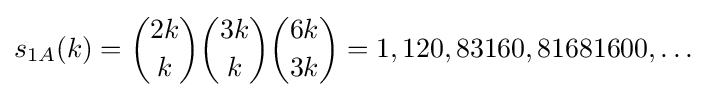
s_{1A}(k)={\binom {2k}{k}}{\binom {3k}{k}}{\binom {6k}{3k}}=1,120,83160,81681600,\ldots